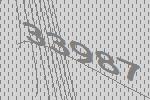
33987